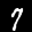
Label: 7